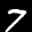
Label: 7